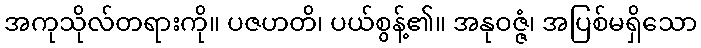
အကုသိုလ်တရားကို။ ပဇဟတိ၊ ပယ်စွန့်၏။ အနုဝဇ္ဇံ၊ အပြစ်မရှိသော